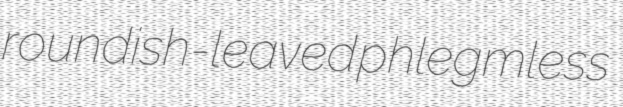
roundish-leaved phlegmless